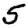
Digit: 5